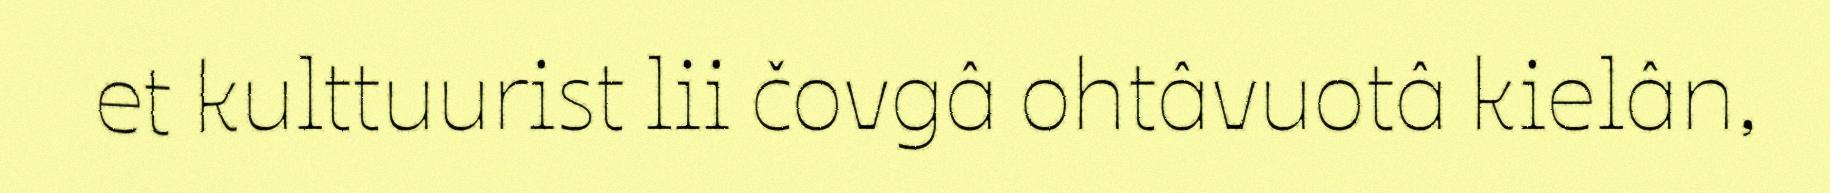
et kulttuurist lii čovgâ ohtâvuotâ kielân,